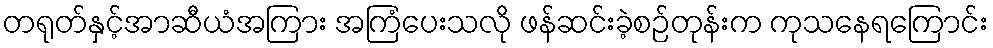
တရုတ်နှင့်အာဆီယံအကြား အကြံပေးသလို ဖန်ဆင်းခဲ့စဉ်တုန်းက ကုသနေရကြောင်း